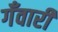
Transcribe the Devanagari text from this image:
गँवारी